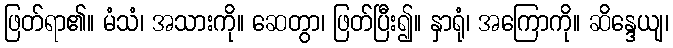
ဖြတ်ရာ၏။ မံသံ၊ အသားကို။ ဆေတွာ၊ ဖြတ်ပြီး၍။ နှာရုံ၊ အကြောကို။ ဆိန္ဒေယျ၊